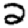
Digit: 2